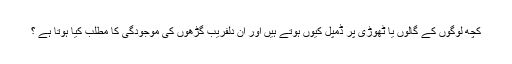
کچھ لوگوں کے گالوں یا ٹھوڑی پر ڈمپل کیوں ہوتے ہیں اور ان دلفریب گڑھوں کی موجودگی کا مطلب کیا ہوتا ہے ؟